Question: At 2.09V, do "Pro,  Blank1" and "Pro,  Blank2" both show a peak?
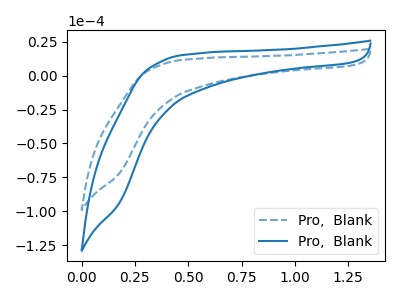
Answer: <think>The blue dashed curve "Pro,  Blank1" has no peaks. The blue curve "Pro,  Blank2" has no peaks.</think>
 <answer>No, "Pro,  Blank1" and "Pro,  Blank2" dont share a peak at 2.09V.</answer>
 <eval>mismatch</eval>